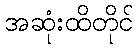
အဆုံးထိတိုင်